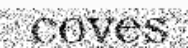
coves